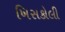
ખિસકોલી